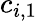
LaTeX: c_{i,1}